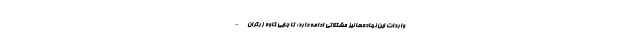
واردات این نهاده‌ها نیز مشکلاتی ادامه دارد؛ تا جایی کاوه زرگران –